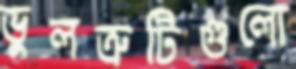
ভুলত্রুটিগুলো